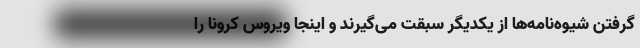
گرفتن شیوه‌نامه‌ها از یکدیگر سبقت می‌گیرند و اینجا ویروس کرونا را